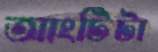
আংটিটা